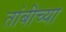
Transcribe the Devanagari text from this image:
तांबीच्या